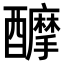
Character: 𨣴